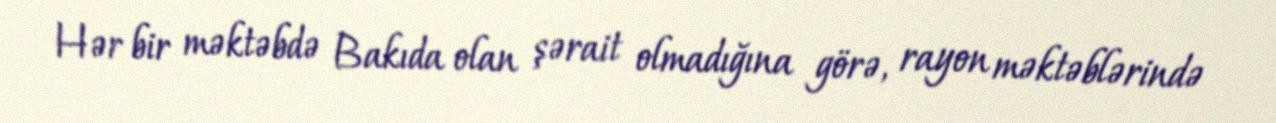
Hər bir məktəbdə Bakıda olan şərait olmadığına görə, rayon məktəblərində